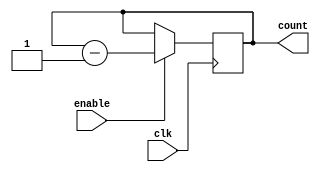
module BinaryDownCounter (
    input wire clk,              // Clock signal
    input wire enable,           // Enable signal
    output reg [3:0] count       // 4-bit binary down counter
);

always @(posedge clk) begin
    if(enable) begin
        count <= count - 1;
    end
end

endmodule